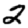
Digit: 2